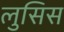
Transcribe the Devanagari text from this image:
लुसिस